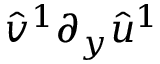
\hat { v } ^ { 1 } \partial _ { y } \hat { u } ^ { 1 }